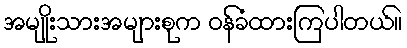
အမျိုးသားအများစုက ဝန်ခံထားကြပါတယ်။